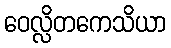
ဝေလ္လိတကေသိယာ